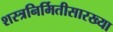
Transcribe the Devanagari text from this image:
शस्त्रनिर्मितीसारख्या